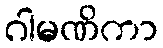
ဂါမဏိကာ